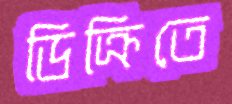
ডিক্রিতে